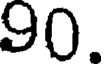
90.